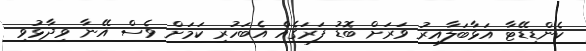
ކެންޑިޑޭޓާ އަޅާބަލާއިރު ވަރަށް ބޮޑު ފަރަގެއް އެބަހުރި ކަމަށް ވެސް އޭނާ ވިދާޅުވި